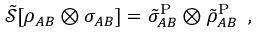
\begin{array} { r } { \tilde { \mathcal { S } } [ \rho _ { A B } \otimes \sigma _ { A B } ] = \tilde { \sigma } _ { A B } ^ { \mathrm { P } } \otimes \tilde { \rho } _ { A B } ^ { \mathrm { P } } } \end{array} ,